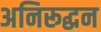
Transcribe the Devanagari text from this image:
अनिरूद्धन